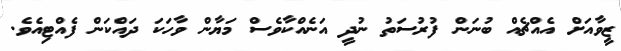
ޒީވާއަށް އެއްޗެއް ބުނަން ފުރުސަތު ނުދީ އަނެއްކާވެސް މަޔާން ވާހަކަ ދައްކަން ފެއްޓިއެވެ.